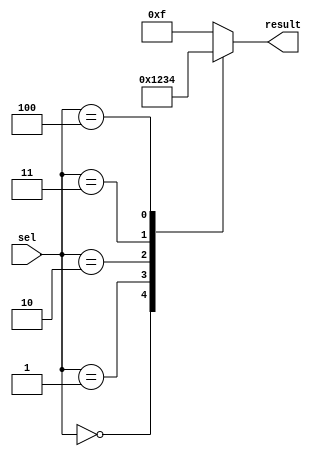
module case_example (
    input wire [2:0] sel,
    output reg [3:0] result
);

initial begin
    case(sel)
        3'b000: result = 4'b0000; // case when sel is 000
        3'b001: result = 4'b0001; // case when sel is 001
        3'b010: result = 4'b0010; // case when sel is 010
        3'b011: result = 4'b0011; // case when sel is 011
        3'b100: result = 4'b0100; // case when sel is 100
        default: result = 4'b1111; // default case when sel doesn't match any of the above cases
    endcase
end

endmodule